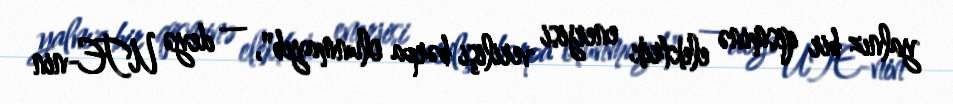
yalnız bir qisminə elektrik enerjisi verilişi bərpa olunmayıb", — deyə UTE-nin